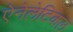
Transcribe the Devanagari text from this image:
ऐनेलेटिकल